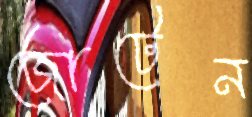
জোটেন